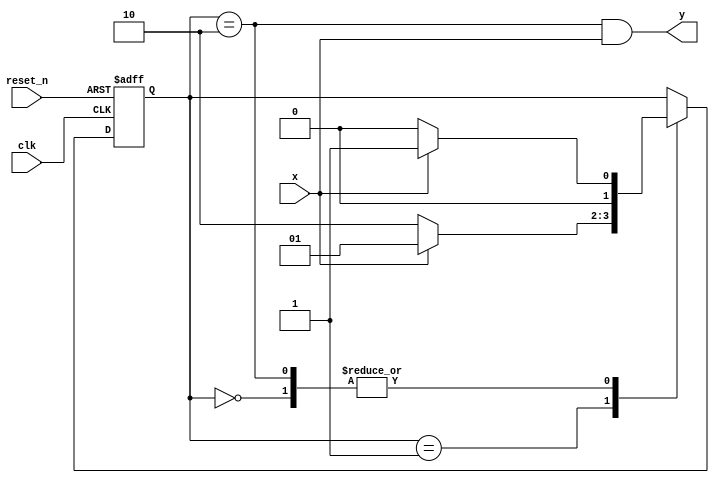
`timescale 1ns / 1ps

module mealy_101_detector(input clk,
    input reset_n,
    input x,
    output y
    );
    
    reg [1:0] state_reg, state_next;
    localparam s0 = 0;
    localparam s1 = 1;
    localparam s2 = 2;
    localparam s3 = 3;
    
    // State register
    always @(posedge clk, negedge reset_n)
    begin
        if (~reset_n)
            state_reg <= s0;
        else
            state_reg <= state_next;
    end
    
    // Next state logic
    always @(*)
    begin
        case(state_reg)
            s0: if(x)
                    state_next = s1;
                else
                    state_next = s0;                
            s1: if(x)
                    state_next = s1;
                else
                    state_next = s2;                 
            s2: if(x)
                    state_next = s1;
                else
                    state_next = s0;            
            default: state_next = state_reg;            
        endcase
    end
    
    // Output logic
    assign y = (state_reg == s2) & x;
endmodule